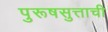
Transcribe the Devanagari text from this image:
पुरूषसुत्ताची